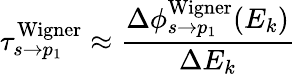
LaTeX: \tau_{s\rightarrow p_{1}}^{\mathrm{{Wigner}}}\approx\frac{\Delta\phi_{s\rightarrow p_{1}}^{\mathrm{{Wigner}}}(E_{k})}{\Delta E_{k}}